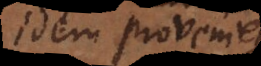
idem proveniet